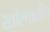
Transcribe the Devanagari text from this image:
खोल्यातील